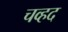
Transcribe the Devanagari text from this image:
चव्हद